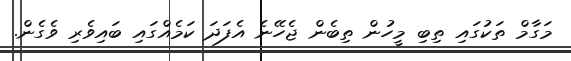
މަގާމް ތަކުގައި ތިބި މީހުން ތިބެން ޖެހޭނެ އެފަދަ ކަމެއްްގައި ބައިވެރި ވެގެން.